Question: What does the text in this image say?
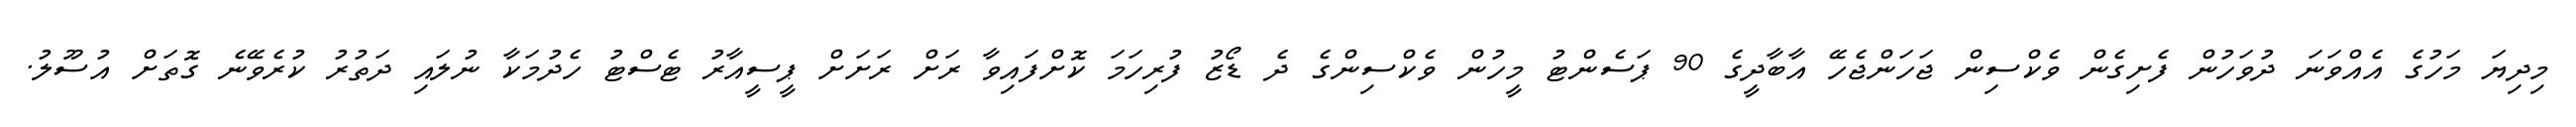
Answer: މިދިޔަ މަހުގެ އެއްވަނަ ދުވަހުން ފެށިގެން ވެކްސިން ޖަހަންޖެހޭ އާބާދީގެ 90 ޕަސެންޓު މީހުން ވެކްސިންގެ ދެ ޑޯޒު ފުރިހަމަ ކޮށްފައިވާ ރަށް ރަށަށް ޕީސީއާރު ޓެސްޓު ހެދުމަކާ ނުލައި ދަތުރު ކުރެވޭނެ ގޮތަށް އުސޫލު.